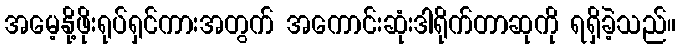
အမေ့နို့ဖိုးရုပ်ရှင်ကားအတွက် အကောင်းဆုံးဒါရိုက်တာဆုကို ရရှိခဲ့သည်။